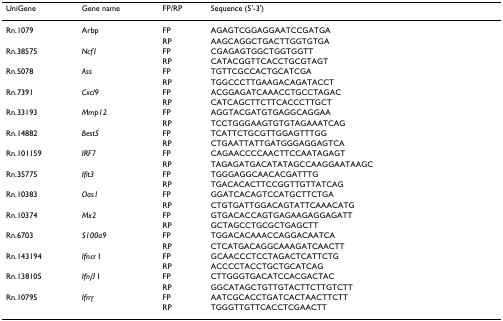
<table><thead><tr><td><b>UniGene</b></td><td><b>Gene name</b></td><td><b>FP/RP</b></td><td><b>Sequence (5&#x27;-3&#x27;)</b></td></tr></thead><tbody><tr><td>Rn.1079</td><td>Arbp</td><td>FP</td><td>AGAGTCGGAGGAATCCGATGA</td></tr><tr><td></td><td></td><td>RP</td><td>AAGCAGGCTGACTTGGTGTGA</td></tr><tr><td>Rn.38575</td><td><i>Ncf1</i></td><td>FP</td><td>CGAGAGTGGCTGGTGGTT</td></tr><tr><td></td><td></td><td>RP</td><td>CATACGGTTCACCTGCGTAGT</td></tr><tr><td>Rn.5078</td><td><i>Ass</i></td><td>FP</td><td>TGTTCGCCACTGCATCGA</td></tr><tr><td></td><td></td><td>RP</td><td>TGGCCCTTGAAGACAGATACCT</td></tr><tr><td>Rn.7391</td><td><i>Cxcl9</i></td><td>FP</td><td>ACGGAGATCAAACCTGCCTAGAC</td></tr><tr><td></td><td></td><td>RP</td><td>CATCAGCTTCTTCACCCTTGCT</td></tr><tr><td>Rn.33193</td><td><i>Mmp12</i></td><td>FP</td><td>AGGTACGATGTGAGGCAGGAA</td></tr><tr><td></td><td></td><td>RP</td><td>TCCTGGGAAGTGTGTAGAAATCAG</td></tr><tr><td>Rn.14882</td><td><i>Best5</i></td><td>FP</td><td>TCATTCTGCGTTGGAGTTTGG</td></tr><tr><td></td><td></td><td>RP</td><td>CTGAATTATTGATGGGAGGAGTCA</td></tr><tr><td>Rn.101159</td><td><i>IRF7</i></td><td>FP</td><td>CAGAACCCCAACTTCCAATAGAGT</td></tr><tr><td></td><td></td><td>RP</td><td>TAGAGATGACATATAGCCAAGGAATAAGC</td></tr><tr><td>Rn.35775</td><td><i>Ifit3</i></td><td>FP</td><td>TGGGAGGCAACACGATTTG</td></tr><tr><td></td><td></td><td>RP</td><td>TGACACACTTCCGGTTGTTATCAG</td></tr><tr><td>Rn.10383</td><td><i>Oas1</i></td><td>FP</td><td>GGATCACAGTCCATGCTTCTGA</td></tr><tr><td></td><td></td><td>RP</td><td>CTGTGATTGGACAGTATTCAAACATG</td></tr><tr><td>Rn.10374</td><td><i>Mx2</i></td><td>FP</td><td>GTGACACCAGTGAGAAGAGGAGATT</td></tr><tr><td></td><td></td><td>RP</td><td>GCTAGCCTGCGCTGAGCTT</td></tr><tr><td>Rn.6703</td><td><i>S100a9</i></td><td>FP</td><td>TGGACACAAACCAGGACAATCA</td></tr><tr><td></td><td></td><td>RP</td><td>CTCATGACAGGCAAAGATCAACTT</td></tr><tr><td>Rn.143194</td><td><i>Ifnα </i>1</td><td>FP</td><td>GCAACCCTCCTAGACTCATTCTG</td></tr><tr><td></td><td></td><td>RP</td><td>ACCCCTACCTGCTGCATCAG</td></tr><tr><td>Rn.138105</td><td><i>Ifnβ </i>1</td><td>FP</td><td>CTTGGGTGACATCCACGACTAC</td></tr><tr><td></td><td></td><td>RP</td><td>GGCATAGCTGTTGTACTTCTTGTCTT</td></tr><tr><td>Rn.10795</td><td><i>Ifn</i>γ</td><td>FP</td><td>AATCGCACCTGATCACTAACTTCTT</td></tr><tr><td></td><td></td><td>RP</td><td>TGGGTTGTTCACCTCGAACTT</td></tr></tbody></table>